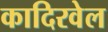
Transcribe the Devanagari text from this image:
कादिरवेल